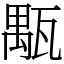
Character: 㼴